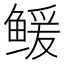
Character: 𲍗